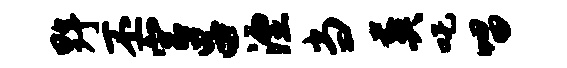
野丕宫吕湮当葬吒唱